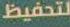
لتحفيظ